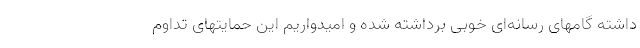
داشته گامهای رسانه‌ای خوبی برداشته شده و امیدواریم این حمایتهای تداوم